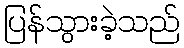
ပြန်သွားခဲ့သည်